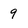
Character: 9